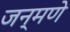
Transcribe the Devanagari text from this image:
जन्मणे